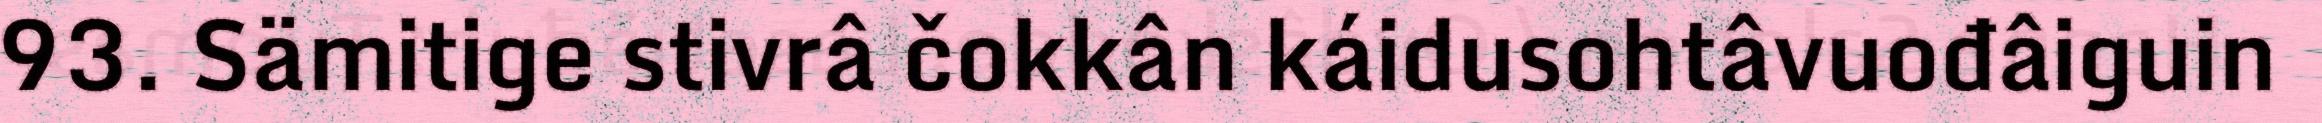
93. Sämitige stivrâ čokkân káidusohtâvuođâiguin